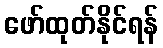
ဖော်ထုတ်နိုင်ရန်